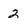
Character: 2